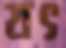
যৎ